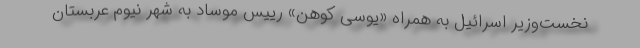
نخست‌وزیر اسرائیل به همراه «یوسی کوهن» رییس موساد به شهر نیوم عربستان